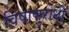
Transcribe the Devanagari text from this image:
विषाणुरोधी